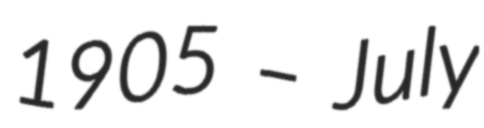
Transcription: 1905 – July